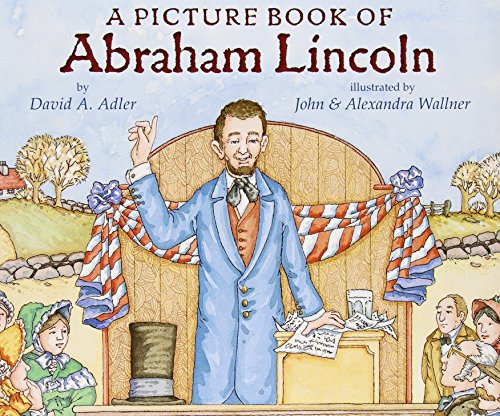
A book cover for A Picture Book of Abraham Lincoln (Picture Book Biography); David A. Adler; Children's Books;